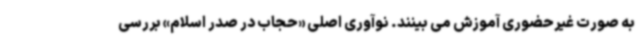
به صورت غیرحضوری آموزش می بینند. نوآوری اصلی «حجاب در صدر اسلام» بررسی